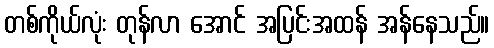
တစ်ကိုယ်လုံး တုန်လာ အောင် အပြင်းအထန် အန်နေသည်။